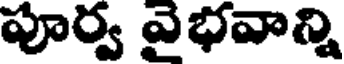
పూర్వ వైభవాన్ని